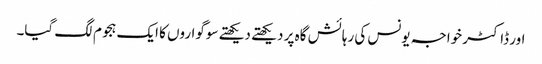
اور ڈاکٹر خواجہ یونس کی رہائش گاہ پر دیکھتے دیکھتے سوگواروں کا ایک ہجوم لگ گیا۔